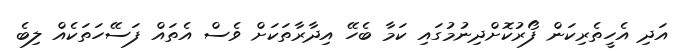
އަދި އެހީތެރިކަން ފޯރުކޮށްދިނުމުގައި ކަމާ ބެހޭ އިދާރާތަކަށް ވެސް އެތައް ފަސޭހަތަކެއް ލިބެ